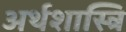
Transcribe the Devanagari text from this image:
अर्थशास्त्रि